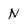
Character: N